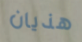
هذيان